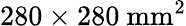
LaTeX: \mathrm{280\times 280~mm^{2}}